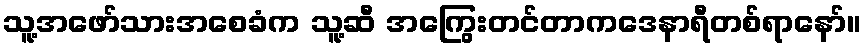
သူ့အဖော်သားအစေခံက သူ့ဆီ အကြွေးတင်တာကဒေနာရီတစ်ရာနော်။